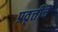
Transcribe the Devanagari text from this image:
प्रवृत्तींचे